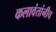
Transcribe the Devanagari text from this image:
कलावंतांनीच